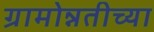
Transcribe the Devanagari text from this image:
ग्रामोन्नतीच्या